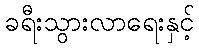
ခရီးသွားလာရေးနှင့်